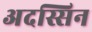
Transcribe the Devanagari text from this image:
अदस्सिन